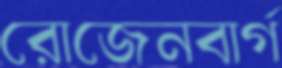
রোজেনবার্গ